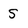
Character: 5